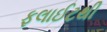
ફલાઈટથી